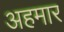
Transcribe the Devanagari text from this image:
अहमार